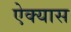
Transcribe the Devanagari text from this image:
ऐक्यास